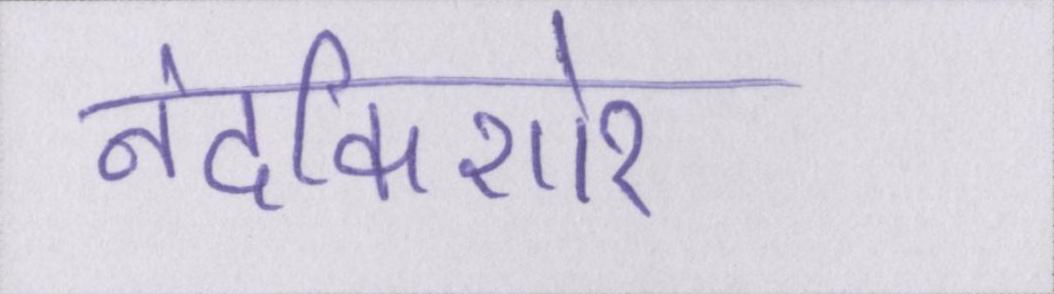
नंदकिशोर